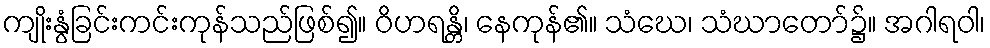
ကျိုးနွံခြင်းကင်းကုန်သည်ဖြစ်၍။ ဝိဟရန္တိ၊ နေကုန်၏။ သံဃေ၊ သံဃာတော်၌။ အဂါရဝါ၊